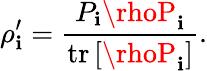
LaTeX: \rho_{\mathbf{i}}^{\prime}={\frac{{P_{\mathbf{i}}\rhoP_{\mathbf{i}}}}{{\operatorname{tr}\left[\rhoP_{\mathbf{i}}\right]}}}.